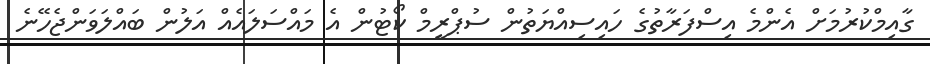
ގާއިމްކުރުމަށް އެންމެ އިސްފަރާތުގެ ހައިސިއްޔަތުން ސުޕްރީމް ކޯޓުން އެ މައްސަލައެއް އަލުން ބައްލަވަންޖެހޭނެ